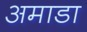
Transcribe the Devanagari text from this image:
अमाडा